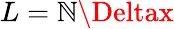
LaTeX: L=\mathbb{N}\Deltax